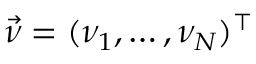
\vec { \nu } = ( \nu _ { 1 } , \ldots , \nu _ { N } ) ^ { \top }